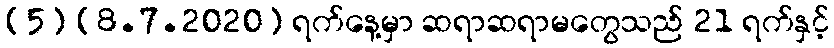
(5) (8.7.2020) ရက်နေ့မှာ ဆရာဆရာမတွေသည် 21 ရက်နှင့်